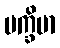
ပက္ခိမာ